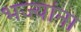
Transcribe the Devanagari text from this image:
भज्यांना